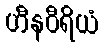
ဟီနဝီရိယံ